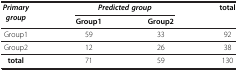
<table><thead><tr><td><b><i>Primary group</i></b></td><td colspan="2"><b><i>Predicted group</i></b></td><td><b>total</b></td></tr><tr><td><b> </b></td><td><b>Group1</b></td><td><b>Group2</b></td><td><b> </b></td></tr></thead><tbody><tr><td>Group1</td><td>59</td><td>33</td><td>92</td></tr><tr><td>Group2</td><td>12</td><td>26</td><td>38</td></tr><tr><td><b>total</b></td><td>71</td><td>59</td><td>130</td></tr></tbody></table>